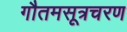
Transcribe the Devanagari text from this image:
गौतमसूत्रचरण